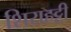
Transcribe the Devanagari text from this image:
शिराहट्टी